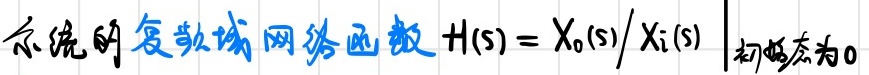
系统的复数域网络函数 $H(s) = X_{0}(s)/X_{i}(s)$  初始态为0